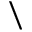
\backslash